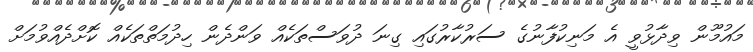
މައުމޫން ވިދާޅުވީ އެ މަނިކުފާނުގެ ސަރުކާރުގައި ގިނަ ދުވަސްތަކެއް ވަންދެން ހިދުމަތްތަކެއް ކޮށްދެއްވުމަށް